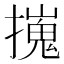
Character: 𢶼